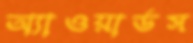
অ্যাওয়ার্ডস